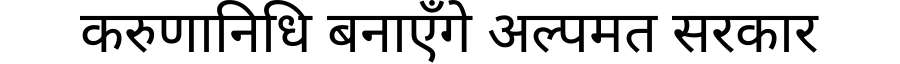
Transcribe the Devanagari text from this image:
करुणानिधि बनाएँगे अल्पमत सरकार